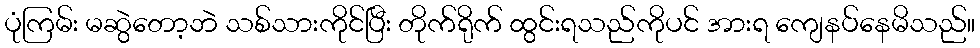
ပုံကြမ်း မဆွဲတော့ဘဲ သစ်သားကိုင်ပြီး တိုက်ရိုက် ထွင်းရသည်ကိုပင် အားရ ကျေနပ်နေမိသည်။